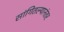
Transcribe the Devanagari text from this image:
सांगितल्यानंतर